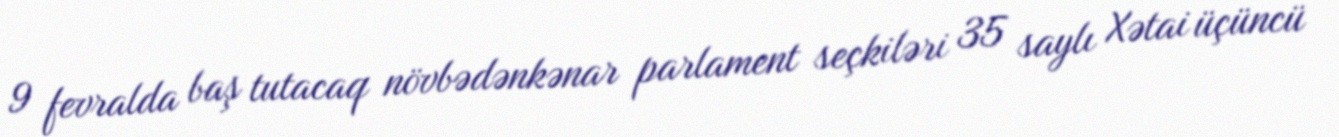
9 fevralda baş tutacaq növbədənkənar parlament seçkiləri 35 saylı Xətai üçüncü